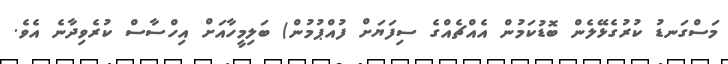
މަސްގަނޑު ކުރުގެޅޭލެން ބޮޑުކަމުން އެއްޗެއްގެ ސިފަޔަށް ފުއްޕުމުން) ބަލިމީހާއަށް އިހްސާސް ކުރެވިދާނެ އެވެ.